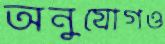
অনুযোগও